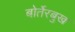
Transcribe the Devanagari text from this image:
बोर्तेरबुख